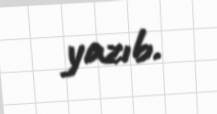
yazıb.